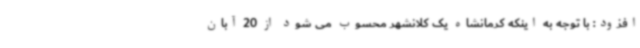
افزود: با توجه به اینکه کرمانشاه یک کلانشهر محسوب می شود از 20 آبان